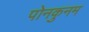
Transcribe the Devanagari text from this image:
पोनकुनम